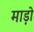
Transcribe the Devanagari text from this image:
माड़ो